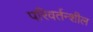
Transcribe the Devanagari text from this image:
परिवर्तन्शील